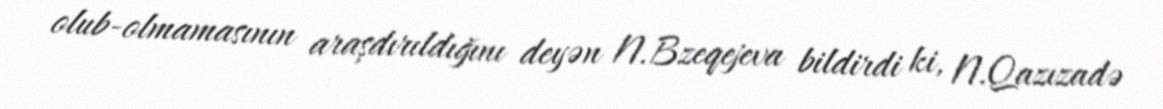
olub-olmamasının araşdırıldığını deyən N.Bzeqejeva bildirdi ki, N.Qazızadə